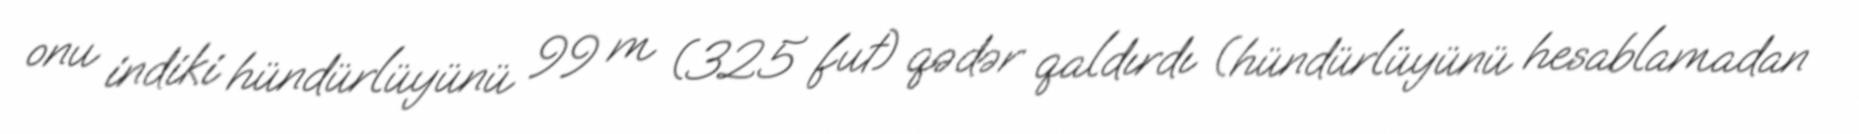
onu indiki hündürlüyünü 99 m (325 fut) qədər qaldırdı (hündürlüyünü hesablamadan